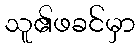
သူ၏ဖခင်မှာ